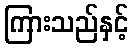
ကြားသည်နှင့်